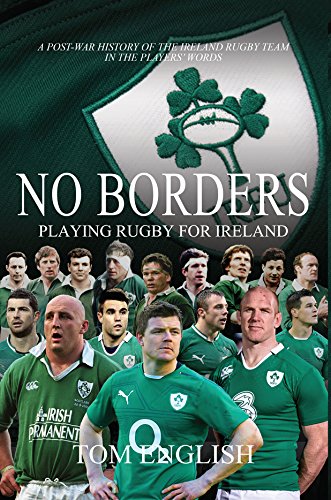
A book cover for No Borders: Playing Rugby for Ireland; Tom English; Sports & Outdoors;